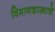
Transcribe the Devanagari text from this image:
विमानशास्त्राचे